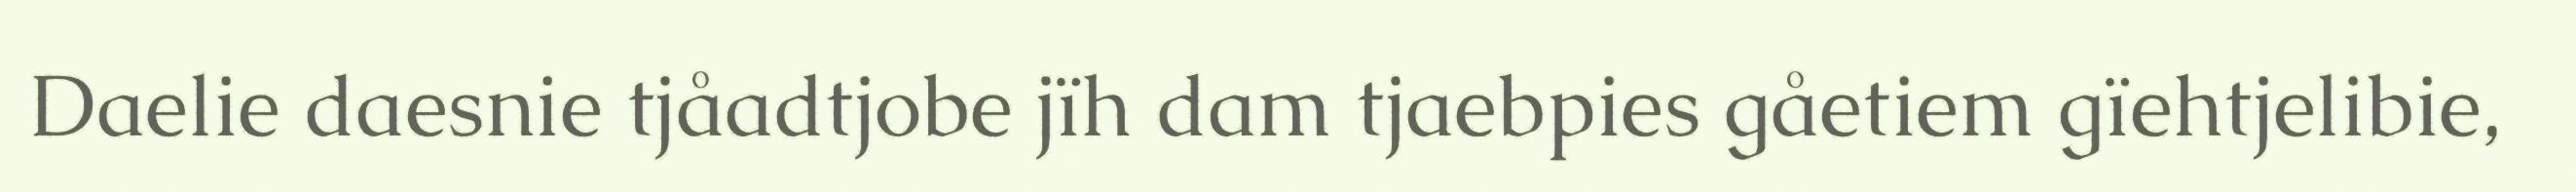
Daelie daesnie tjåadtjobe jïh dam tjaebpies gåetiem gïehtjelibie,